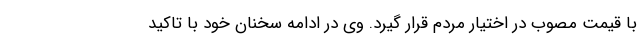
با قیمت مصوب در اختیار مردم قرار گیرد. وی در ادامه سخنان خود با تاکید